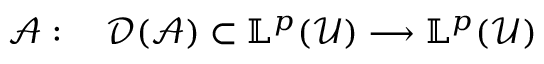
\begin{array} { r l } { \mathcal { A } : \; } & { { } \mathcal { D } ( \mathcal { A } ) \subset \mathbb { L } ^ { p } ( \mathcal { U } ) \longrightarrow \mathbb { L } ^ { p } ( \mathcal { U } ) } \end{array}